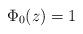
LaTeX: \begin{align*}\Phi_0(z)=1\end{align*}